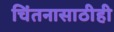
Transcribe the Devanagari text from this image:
चिंतनासाठीही